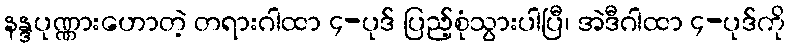
နန္ဒပုဏ္ဏားဟောတဲ့ တရားဂါထာ ၄-ပုဒ် ပြည့်စုံသွားပါပြီ၊ အဲဒီဂါထာ ၄-ပုဒ်ကို